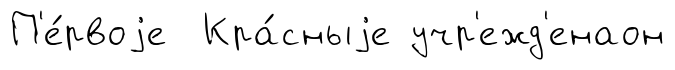
П'е́рвоjе Кра́сныjе учр'ежд'енаон